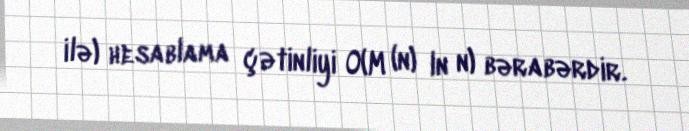
ilə) hesablama çətinliyi O(M (n) ln n) bərabərdir.